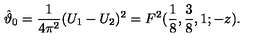
\hat { \vartheta } _ { 0 } = { \frac { 1 } { 4 \pi ^ { 2 } } } ( U _ { 1 } - U _ { 2 } ) ^ { 2 } = F ^ { 2 } ( { \frac { 1 } { 8 } } , { \frac { 3 } { 8 } } , 1 ; - z ) .